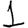
Digit: 1